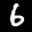
Label: 6